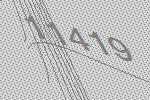
11419